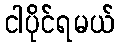
ငါပိုင်ရမယ်